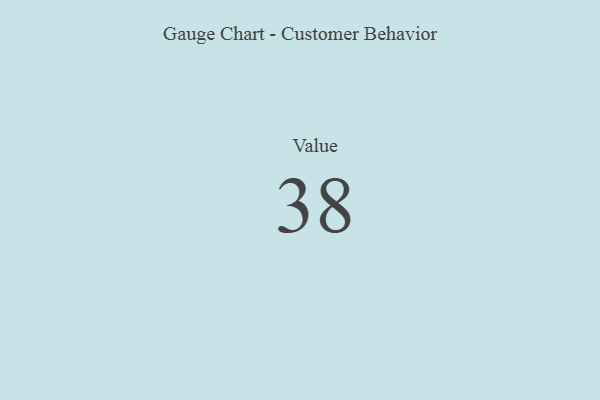
{"axis": {"x": "Metric", "y": "Value"}, "legend": [""], "data": [{"x": "Value", "y": 38, "type": ""}]}